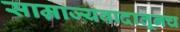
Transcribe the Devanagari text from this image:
साम्राज्यवादातूनच